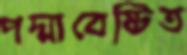
পদ্মাবেষ্টিত